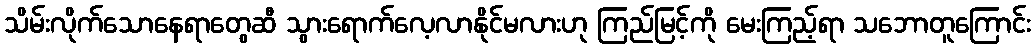
သိမ်းလိုက်သောနေရာတွေဆီ သွားရောက်လေ့လာနိုင်မလားဟု ကြည်မြင့်ကို မေးကြည့်ရာ သဘောတူကြောင်း